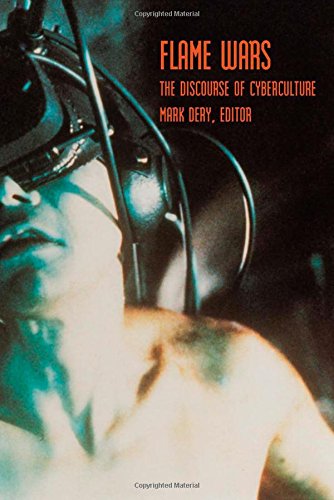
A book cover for Flame Wars: The Discourse of Cyberculture; Computers & Technology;